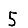
Digit: 5